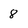
Character: 8